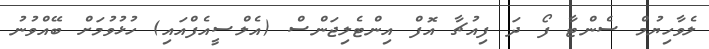
ލެވާހިޔުމް ސެންޓާ ފޯ ދަ ފިއުޗާ އޮފް އިންޓެލިޖަންސް (އެލްސީއެފްއައި) ހުޅުވުމަށް ބޭއްވުނު